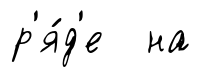
р'я́д'е на